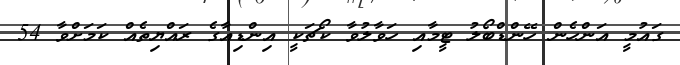
ގައުމީ އަންހެން ހޭންޑްބޯލު ޓީމާއި ހަވާލުވާ ކޯޗަކީ އިންޑިއާގެ ރައްޔިތެއް ކަމަށްވާ 54